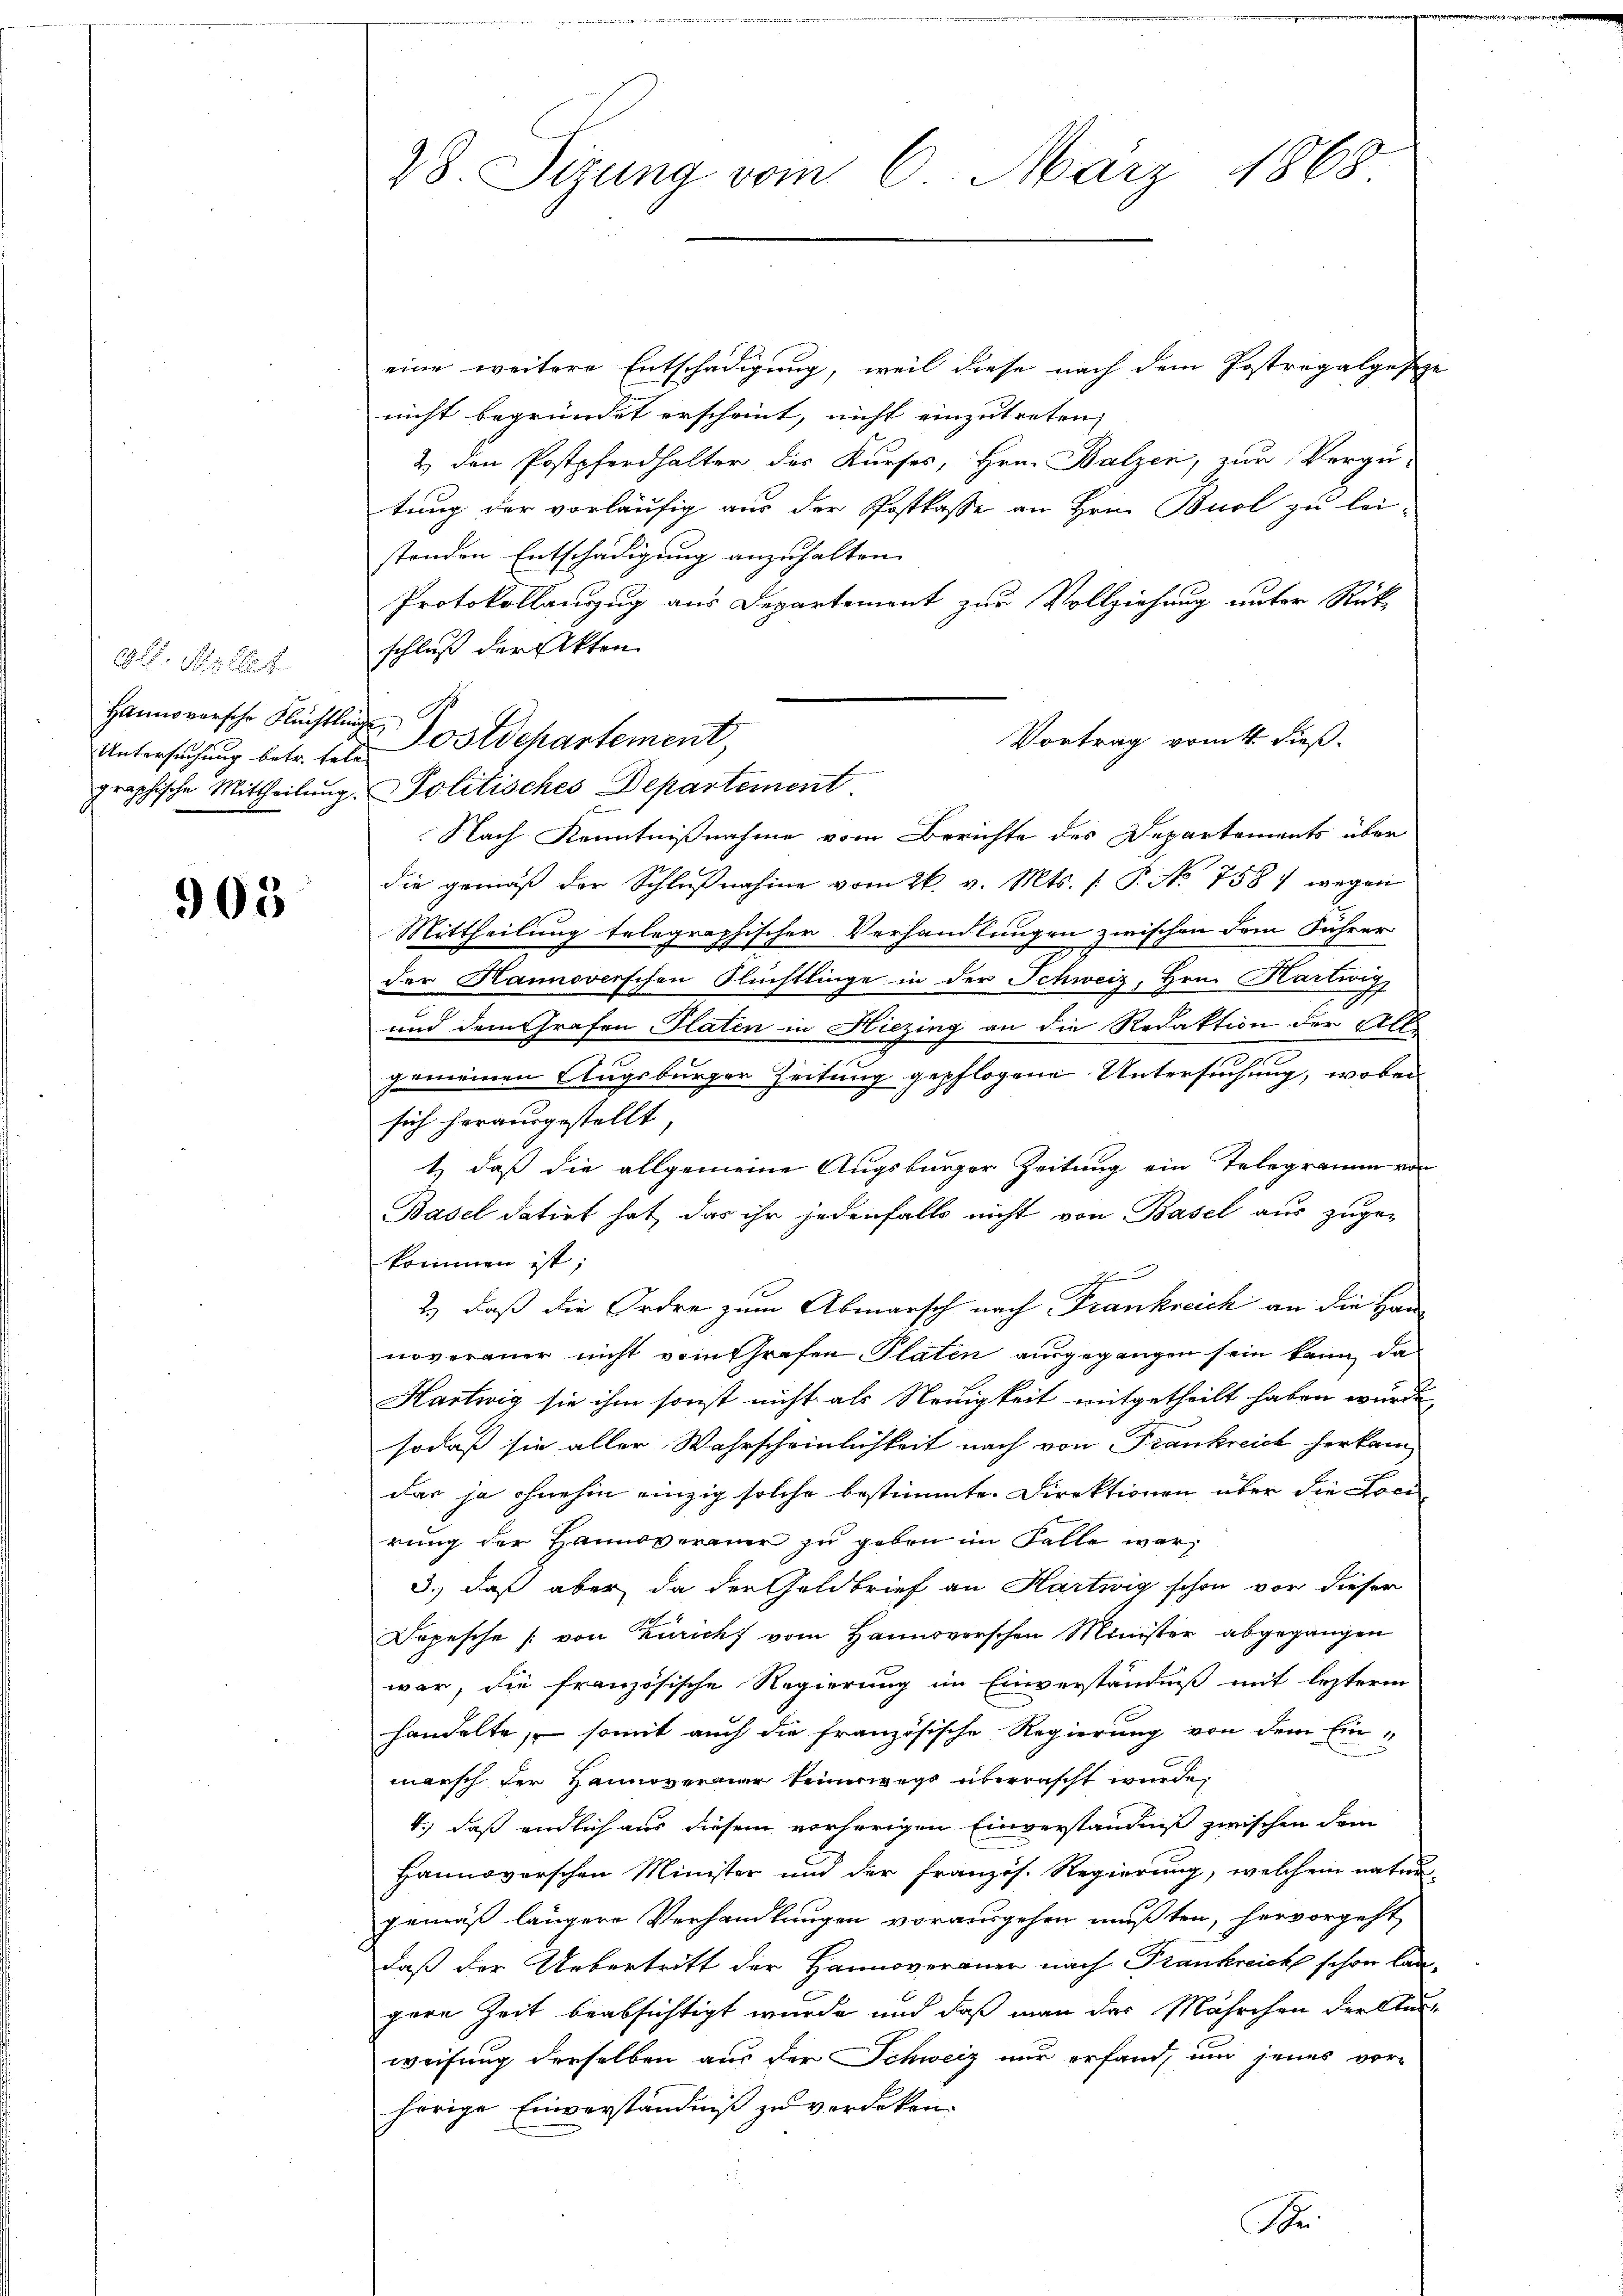
A
Hannoversche Flüchtling
Untersuchung betr. tele
graphische Mittheilung.

905

28. Sizung vom 6. März 1868

eine weitere Entschädigung, weil diese nach dem Postregalgeseze
nicht begründet erscheint, nicht einzutreten,
& den Postpferdhalter der Kurses, Hrn. Balzen, zur Vergü-
tung der vorläufig aus der Postkasse an Hrn. Bouol zu lei-
standen Entschädigung anzuhalten.
Protokollauszug aus Departement zur Vollziehung unter Rück-
schluß der Akten
Nach Kenntnißnahme vom Berichte des Departements über
die gemäβ der Schlŭβnahme vom 26. v. Mts. /: P. No 758) wegen
Mittheilung telegraphischer Verhandlungen zwischen dem Führer
der Hannoverschen Flüchtlinge in der Schweiz, Hrn. Kartwizz
und dem Grafen Platen in Hiezing an die Redaktion der Alt
gemeinen Augsburger Zeitung gepflogene Untersuchung, wobei
sich herausgestellt
t, daß die allgemeine Augsburger Zeitung ein Telegramm von
Basel datirt hat, das ihr jedenfalls nicht von Basel aus zuge-
kommen ist;
h
2.) daß die Ordre zum Abmarsch nach Frankreich an die Hannoverauer nicht vom Grafen Platen ausgegangen sein kann, da
Hartwig sie ihm sonst nicht als Neuigkeit mitgetheilt haben würde,
sodaß sie aller Wahrscheinlichkeit nach von Frankreich herkam
dar ja ohnehin einzig solche bestimmte Direktionen über die Locirung der Hannoveraner zu geben im Falle war,
3.) daß aber da der Goldbrief an Hartwig schon vor dieser
Depesche (von Züricht vom Hannoverschen Minister abgegangen
war, die französische Regierung im Einverständniß mit lezterm
handelte, somit auch die französische Regierung von dem Ein-
marsch der Hannovermier keinerwegs überrascht wurde,
4.) daß endlich aus diesem vorherigen Einverständniß zwischen dem
Hannoverschen Minister und der französ. Regierung, welchem natur
gemäß längere Verhandlungen vorausgehen mußten, hervorgeht
daß der Uebertritt der Hannoveraner nach Frankreich schon langere Zeit beabsichtigt wurde und daß man das Mährchen der Ausweisung derselben aus der Schweiz nur erfand, und jenes vor-
hörige Einverständniß zu verdeken.

Postdepartement,
Vortrag vom 4. dieß.
PPolitisches Departement

Sr.